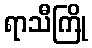
ရာသီကြို